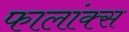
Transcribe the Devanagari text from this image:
फालांक्स